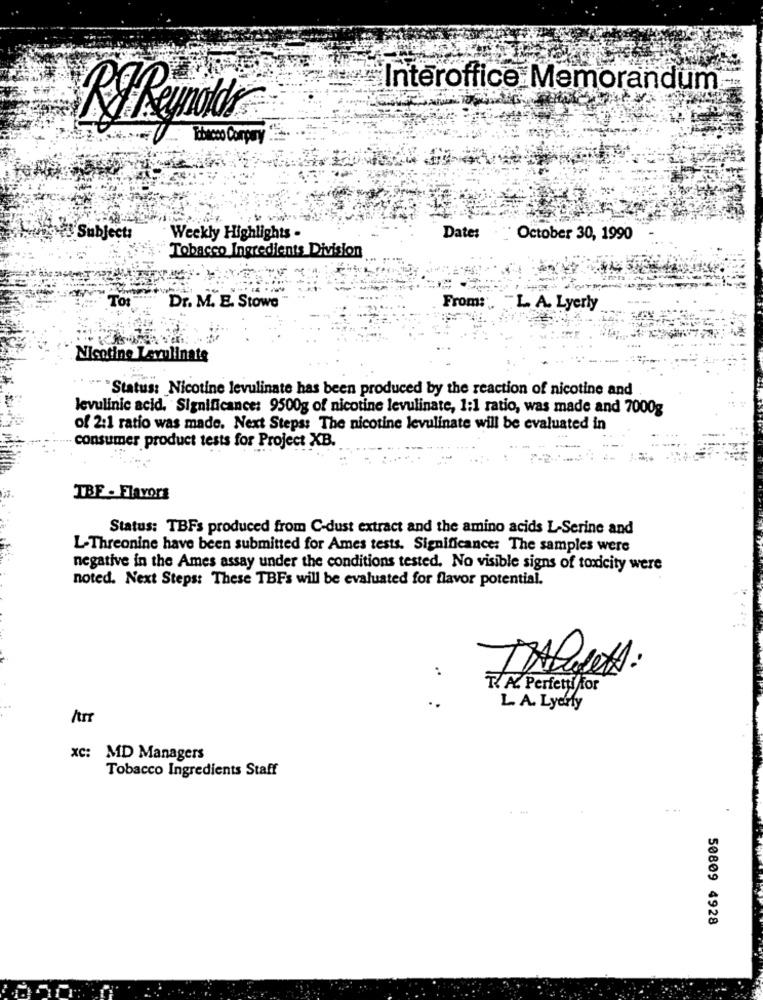
Interoffice Memorandum
Tobacco Corpary
Subject:
Weekly Highlights -
Date:
October 30, 1990
Tobacco Ingredients Division
Tot
Dr. M. E. Stowe
From: L. A. Lyerly
Nicotine Levulinate
"" "Status: Nicotine levulinate has been produced by the reaction of nicotine and
levulinic acid. Significance: 9500g of nicotine levulinate, 1:1 ratio, was made and 7000g
of 2:1 ratio was made. Next Steps: The nicotine levulinate will be evaluated in
-consumer product tests for Project XB.
TBF . Flavors
Status: TBFs produced from C-dust extract and the amino acids L-Serine and
L-Threonine have been submitted for Ames tests. Significance: The samples were
negative in the Ames assay under the conditions tested. No visible signs of toxicity were
noted. Next Steps: These TBFs will be evaluated for flavor potential.
..
IAllets:
T. A. Perfetti for
L. A. Lyearly
xc: MD Managers
Tobacco Ingredients Staff
50809 4928